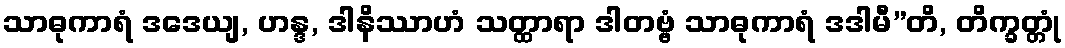
သာဓုကာရံ ဒဒေယျ, ဟန္ဒ, ဒါနိဿာဟံ သတ္ထာရာ ဒါတဗ္ဗံ သာဓုကာရံ ဒဒါမီ”တိ, တိက္ခတ္တုံ